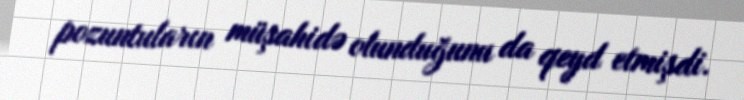
pozuntuların müşahidə olunduğunu da qeyd etmişdi.